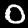
Label: 0